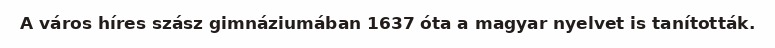
A város híres szász gimnáziumában 1637 óta a magyar nyelvet is tanították.